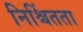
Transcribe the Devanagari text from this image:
निश्चिंतता